Document type: Testament
Year: 1300
Scribe: Bonanat d'Esparreguera
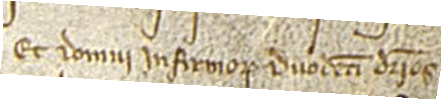
et domui infirmorum duodecim denarios